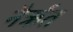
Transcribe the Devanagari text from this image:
नैर्ऋत